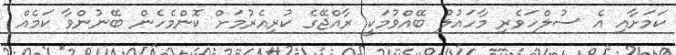
ކަމަށާއި އެ ސުލްހަވެރި މާހައުލު ބޭއްވުމަކީ ރާއްޖޭގެ ކުރިއެރުމަށް ކޮންމެހެން ބޭނުންވާ ކަމެއް